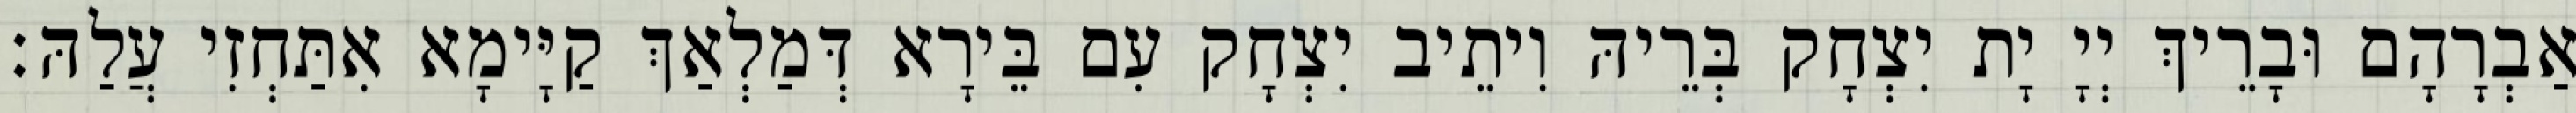
אַבְרָהָם וּבָרֵיךְ יְיָ יָת יִצְחָק בְּרֵיהּ וִיתֵיב יִצְחָק עִם בֵּירָא דְּמַלְאַךְ קַיָּימָא אִתַּחְזִי עֲלַהּ׃